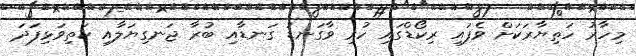
މިހާރު ހަތިޔާރަކަށް ވެފައި ރިކޯޑްގައި ހުރި ވާގަނޑު ގަނޑާއި ބުރާ ޖަނގިޔަލާއި ކަތިވަޅިފަދަ